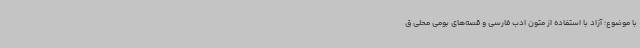
با موضوع؛ آزاد با استفاده از متون ادب فارسی و قصه‌های بومی محلی ق